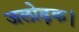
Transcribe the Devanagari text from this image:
जलोढ़क।